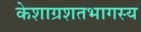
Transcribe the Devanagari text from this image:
केशाग्रशतभागस्य